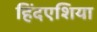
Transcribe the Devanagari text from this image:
हिंदएशिया